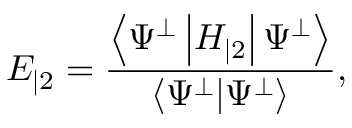
E _ { | 2 } = \frac { \left\langle \Psi ^ { \perp } \left| H _ { | 2 } \right| \Psi ^ { \perp } \right\rangle } { \left\langle \Psi ^ { \perp } | \Psi ^ { \perp } \right\rangle } ,